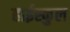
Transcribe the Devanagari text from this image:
हाईस्कुल